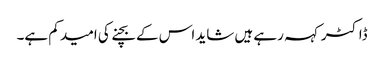
ڈاکٹر کہہ رہے ہیں شاید اس کے بچنے کی امید کم ہے۔